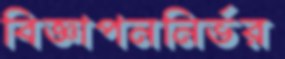
বিজ্ঞাপননির্ভর